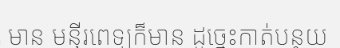
មាន មន្ទីរពេទ្យក៏មាន ដូច្នេះកាត់បន្ថយ